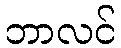
ဘာလင်